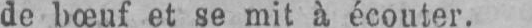
de bœuf et se mit à écouter.